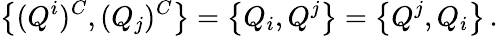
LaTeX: \left\{ (Q^{i})^{C},(Q_{j})^{C}\right\} =\left\{ Q_{i},Q^{j}\right\} =\left\{ Q^{j},Q_{i}\right\} \, .